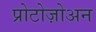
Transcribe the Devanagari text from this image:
प्रोटोज़ोअन